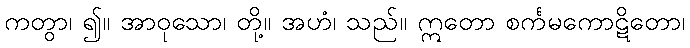
ကတွာ၊ ၍။ အာဝုသော၊ တို့။ အဟံ၊ သည်။ ဣတော စင်္ကမကောဋိတော၊